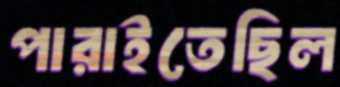
পারাইতেছিল